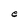
Character: e